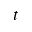
t